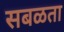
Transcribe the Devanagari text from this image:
सबळता